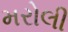
મરોલી